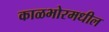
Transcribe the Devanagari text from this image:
काळभोरमधील